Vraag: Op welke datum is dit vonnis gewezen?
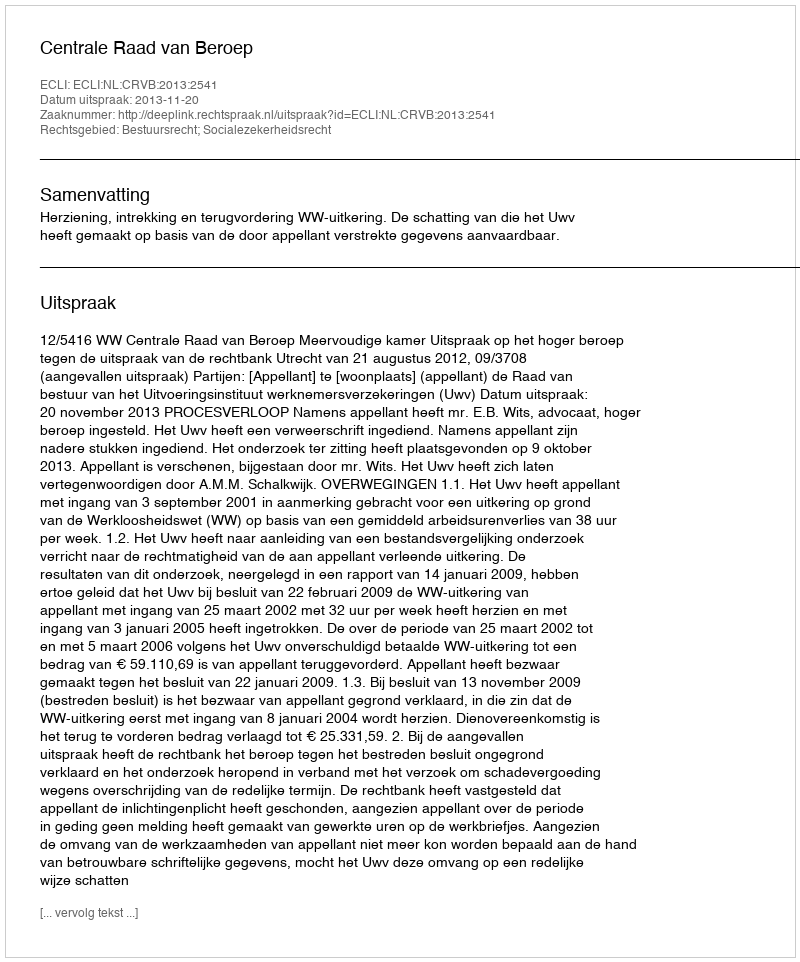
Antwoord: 2013-11-20